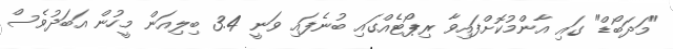
"މަދަބޯޑް" ގައި އާންމުކޮށްފައިވާ ރިޕޯޓެއްގައި ބުނެފައި ވަނީ 3.4 ބިލިއަން މީހުން އަބަދުވެސް